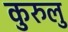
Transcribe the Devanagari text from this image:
कुरुलु